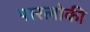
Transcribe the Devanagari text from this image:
पारलोकी